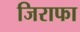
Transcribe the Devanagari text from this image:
जिराफा